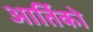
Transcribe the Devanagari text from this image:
आर्तिको